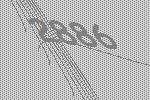
2886